Report on the Civil Veterinary Department, Eastern Bengal and Assam - 1907-1911
Year: 1907
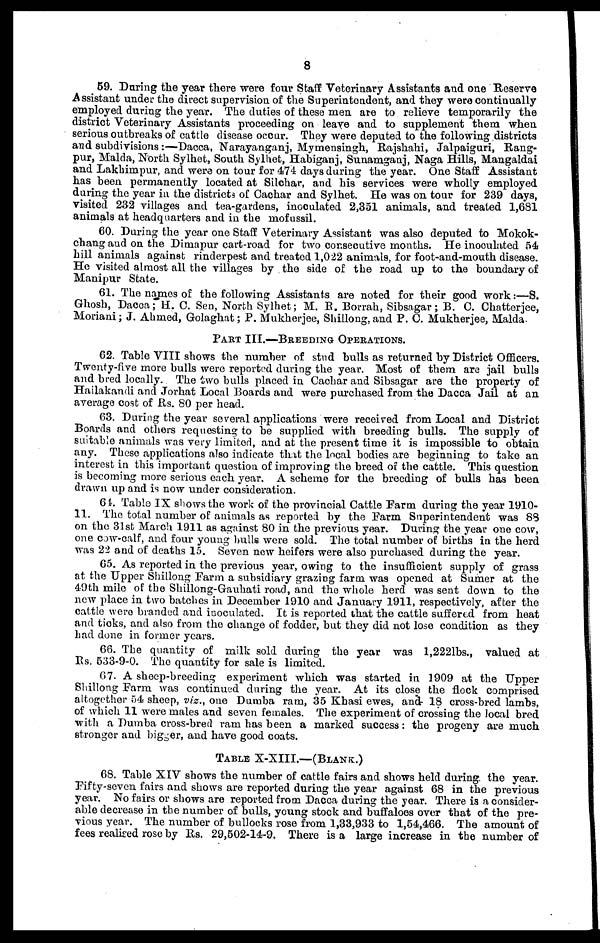
8
59. During the year there were four Staff Veterinary Assistants and one Reserve
Assistant under the direct supervision of the Superintendent, and they were continually
employed during the year. The duties of these men are to relieve temporarily the
district Veterinary Assistants proceeding on leave and to supplement them when
serious outbreaks of cattle disease occur. They were deputed to the following districts
and subdivisions:—Dacca, Narayanganj, Mymensingh, Rajshahi, Jalpaiguri, Rang-
pur, Malda, North Sylhet, South Sylhet, Habiganj, Sunamganj, Naga Hills, Mangaldai
and Lakhimpur, and were on tour for 474 days during the year. One Staff Assistant
has been permanently located at Silchar, and his services were wholly employed
during the year in the districts of Cachar and Sylhet. He was on tour for 239 days,
visited 232 villages and tea-gardens, inoculated 2,351 animals, and treated 1,681
animals at headquarters and in the mofussil.
60. During the year one Staff Veterinary Assistant was also deputed to Mokok-
chang and on the Dimapur cart-road for two consecutive months. He inoculated 54
hill animals against rinderpest and treated 1,022 animals, for foot-and-mouth disease.
He visited almost all the villages by the side of the road up to the boundary of
Manipur State.
61. The names of the following Assistants are noted for their good work:—S.
Ghosh, Dacca; H. C. Sen, North Sylhet; M. B. Borrah, Sibsagar; B. C. Chatterjee,
Moriani; J. Ahmed, Golaghat; P. Mukherjee, Shillong. and P. C. Mukherjee, Malda-
PART III.—BREEDING OPERATIONS.
62. Table VIII shows the number of stud bulls as returned by District Officers.
Twenty-five more bulls were reported during the year. Most of them are jail bulls
and bred locally. The two bulls placed in Cachar and Sibsagar are the property of
Hailakandi and Jorhat Local Boards and were purchased from the Dacca Jail at an
average cost of Rs. 80 per head.
63. During the year several applications were received from Local and District
Boards and others requesting to be supplied with breeding bulls. The supply of
suitable animals was very limited, and at the present time it is impossible to obtain
any. These applications also indicate that the local bodies are beginning to take an
interest in this important question of improving the breed of the cattle. This question
is becoming more serious each year. A scheme for the breeding of bulls has been
drawn up and is now under consideration.
64. Table IX shows the work of the provincial Cattle Farm during the year 1910-
11. The total number of animals as reported by the Farm Superintendent was 83
on the 31st March 1911 as against 80 in the previous year. During the year one cow,
one cow-calf, and four young hulls were sold. The total number of births in the herd
was 22 and of deaths 15. Seven new heifers were also purchased during the year.
65. As reported in the previous year, owing to the insufficient supply of grass
at the Upper Shillong Farm a subsidiary grazing farm was opened at Sumer at the
49th mile of the Shillong-Gauhati road, and the whole herd was sent down to the
new place in two batches in December 1910 and January 1911, respectively, after the
cattle were branded and inoculated. It is reported that the cattle suffered from heat
and ticks, and also from the change of fodder, but they did not lose condition as they
had done in former years.
66. The quantity of milk sold during the year was l,2221bs., valued at
Rs. 533-9-0. The quantity for sale is limited.
67. A sheep-breeding experiment which was started in 1909 at the Upper
Shillong Farm was continued during the year. At its close the flock comprised
altogether 54 sheep, viz., one Dumba ram, 35 Khasi ewes, and 18 cross-bred lambs,
of which 11 were males and seven females. The experiment of crossing the local bred
with a Dumba cross-bred ram has been a marked success: the progeny are much
stronger and bigger, and have good coats.
TABLE X-XIII.—(BLANK.)
68. Table XIV shows the number of cattle fairs and shows held during the year.
Fifty-seven fairs and shows are reported during the year against 68 in the previous
year. No fairs or shows are reported from Dacca during the year. There is a consider-
able decrease in the number of bulls, young stock and buffaloes over that of the pre-
vious year. The number of bullocks rose from 1,33,933 to 1,54,466. The amount of
fees realised rose by Rs. 29,502-14-9. There is a large increase in the number of